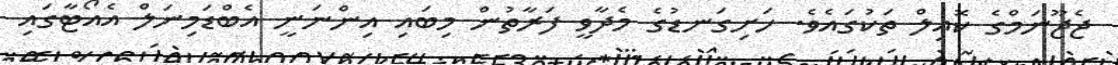
ޖެޖޫނަމްގެ ކޮއިލް ތަކުގައެވެ. ހަށިގަނޑުގެ މެދާވީ ފަރާތުން މިބައި އިންނަނީ އެބްޑަމިނަލް އެއޯޓާގައި